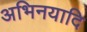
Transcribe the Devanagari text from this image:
अभिनयादि